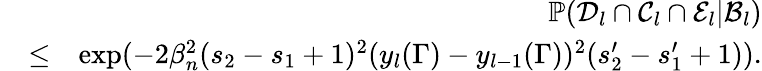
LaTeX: \begin{array}{rlr}&{}&{\mathbb{P}(\mathcal{D}_{l}\cap\mathcal{C}_{l}\cap\mathcal{E}_{l}|\mathcal{B}_{l})}\\ &{\leq}&{\exp(-2\beta_{n}^{2}(s_{2}-s_{1}+1)^{2}(y_{l}(\Gamma)-y_{l-1}(\Gamma))^{2}(s_{2}^{\prime}-s_{1}^{\prime}+1)).}\end{array}